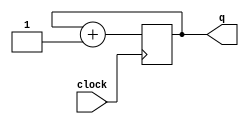
module counter (
  input clock,
  output reg [1:0] q
);

  initial
    q <= 0;

  always @(posedge clock)
    q <= q + 1'b1;

endmodule